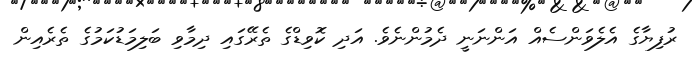
ރުފިޔާގެ އެލެވަންސެއް އަންނަނީ ދެމުންނެވެ. އަދި ކޮވިޑްގެ ތެރޭގައި ދިމާވި ބަލިމަޑުކަމުގެ ތެރެއިން